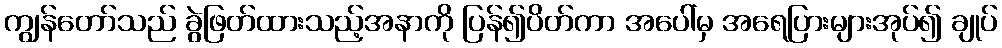
ကျွန်တော်သည် ခွဲဖြတ်ထားသည့်အနာကို ပြန်၍ပိတ်ကာ အပေါ်မှ အရေပြားများအုပ်၍ ချုပ်